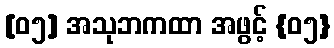
[၀၅] အသုဘကထာ အဖွင့် {၀၅}